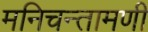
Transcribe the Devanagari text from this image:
मनिचन्तामणी